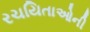
રચયિતાઓની